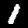
Digit: 1